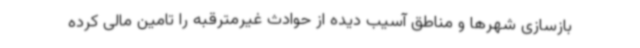
بازسازی شهرها و مناطق آسیب دیده از حوادث غیرمترقبه را تامین مالی کرده